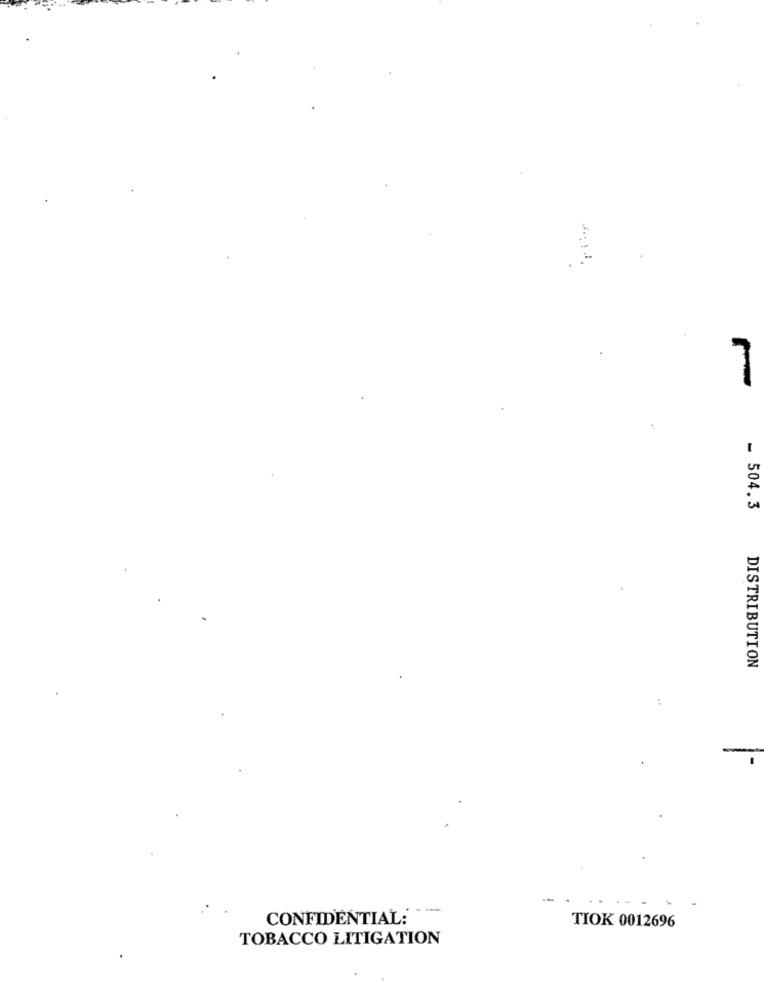
- 504.3
DISTRIBUTION
CONFIDENTIAL:
TIOK 0012696
TOBACCO LITIGATION